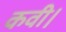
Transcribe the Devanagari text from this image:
कवी।